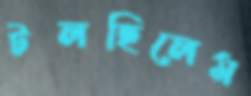
টলছিলেম